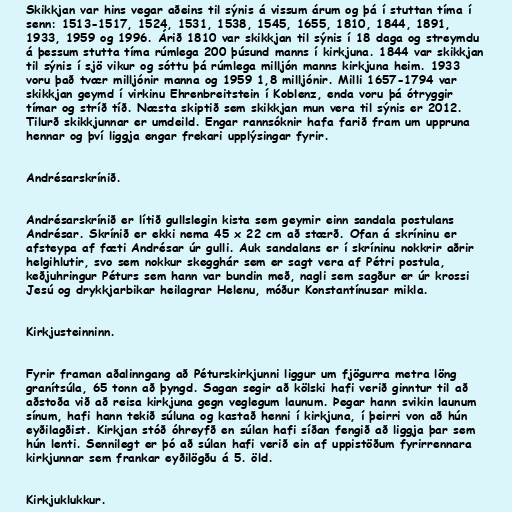
Skikkjan var hins vegar aðeins til sýnis á vissum árum og þá í stuttan tíma í
senn: 1513-1517, 1524, 1531, 1538, 1545, 1655, 1810, 1844, 1891,
1933, 1959 og 1996. Árið 1810 var skikkjan til sýnis í 18 daga og streymdu
á þessum stutta tíma rúmlega 200 þúsund manns í kirkjuna. 1844 var skikkjan
til sýnis í sjö vikur og sóttu þá rúmlega milljón manns kirkjuna heim. 1933
voru það tvær milljónir manna og 1959 1,8 milljónir. Milli 1657-1794 var
skikkjan geymd í virkinu Ehrenbreitstein í Koblenz, enda voru þá ótryggir
tímar og stríð tíð. Næsta skiptið sem skikkjan mun vera til sýnis er 2012.
Tilurð skikkjunnar er umdeild. Engar rannsóknir hafa farið fram um uppruna
hennar og því liggja engar frekari upplýsingar fyrir.

Andrésarskrínið.

Andrésarskrínið er lítið gullslegin kista sem geymir einn sandala postulans
Andrésar. Skrínið er ekki nema 45 x 22 cm að stærð. Ofan á skríninu er
afsteypa af fæti Andrésar úr gulli. Auk sandalans er í skríninu nokkrir aðrir
helgihlutir, svo sem nokkur skegghár sem er sagt vera af Pétri postula,
keðjuhringur Péturs sem hann var bundin með, nagli sem sagður er úr krossi
Jesú og drykkjarbikar heilagrar Helenu, móður Konstantínusar mikla.

Kirkjusteinninn.

Fyrir framan aðalinngang að Péturskirkjunni liggur um fjögurra metra löng
granítsúla, 65 tonn að þyngd. Sagan segir að kölski hafi verið ginntur til að
aðstoða við að reisa kirkjuna gegn veglegum launum. Þegar hann svikin launum
sínum, hafi hann tekið súluna og kastað henni í kirkjuna, í þeirri von að hún
eyðilagðist. Kirkjan stóð óhreyfð en súlan hafi síðan fengið að liggja þar sem
hún lenti. Sennilegt er þó að súlan hafi verið ein af uppistöðum fyrirrennara
kirkjunnar sem frankar eyðilögðu á 5. öld.

Kirkjuklukkur.